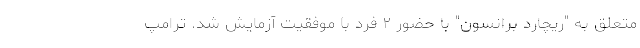
متعلق به "ریچارد برانسون" با حضور ۲ فرد با موفقیت آزمایش شد. ترامپ